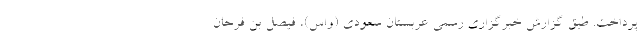
پرداخت. طبق گزارش خبرگزاری رسمی عربستان سعودی (واس)، فیصل بن فرحان